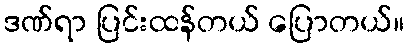
ဒဏ်ရာ ပြင်းထန်တယ် ပြောတယ်။